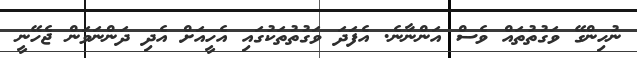
ނުހިންގޭ ވަގުތުތައް ވެސް އަންނާނެ. އެފަދަ ވަގުތުތަކުގައި އެހީއަށް އެދި ދަންނަވަން ޖެހޭނީ